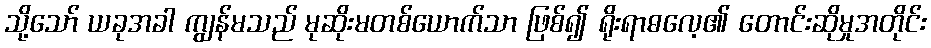
သို့သော် ယခုအခါ ကျွန်မသည် မုဆိုးမတစ်ယောက်သာ ဖြစ်၍ ရိုးရာဓလေ့၏ တောင်းဆိုမှုအတိုင်း